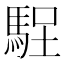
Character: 𱄘